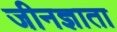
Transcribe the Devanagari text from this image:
जीनज्ञाता